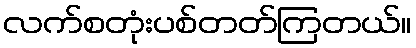
လက်စတုံးပစ်တတ်ကြတယ်။